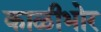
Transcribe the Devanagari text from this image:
काळीभोर